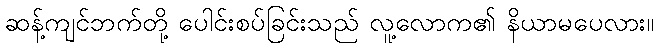
ဆန့်ကျင်ဘက်တို့ ပေါင်းစပ်ခြင်းသည် လူ့လောက၏ နိယာမပေလား။